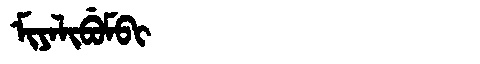
Manchu: ᠮᡳᠶᠠᠯᡳᠪᡠᠮᠪᡳ
Romanization: MIYALIBUMBI